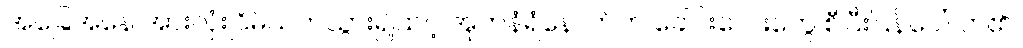
အခြေအနေ အားလုံးငြိမ်သက်သွား၍ထင့် အုတ်နံရံနောက်က ခေါင်းလေးတွေ စီပြီးပြန်ပေါ်လာ၏။